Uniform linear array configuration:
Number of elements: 32
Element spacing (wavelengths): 0.25
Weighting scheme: cosine
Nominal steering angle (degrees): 15
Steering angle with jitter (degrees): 16.956
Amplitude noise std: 0.05
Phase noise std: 0.05

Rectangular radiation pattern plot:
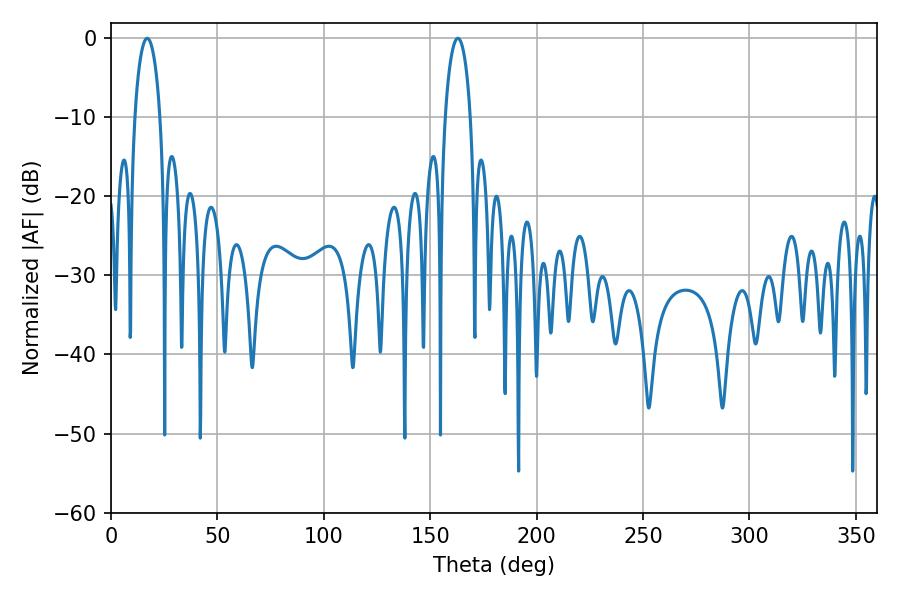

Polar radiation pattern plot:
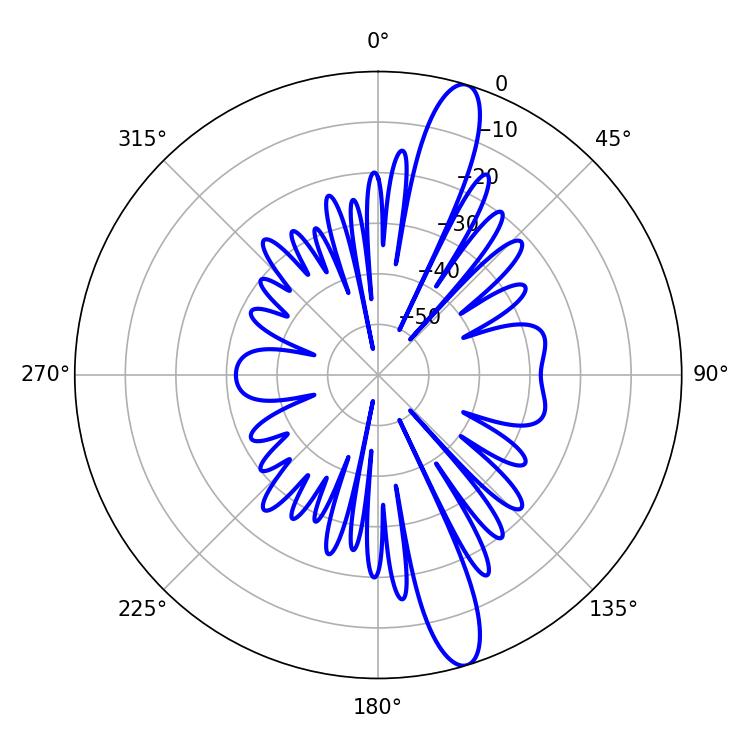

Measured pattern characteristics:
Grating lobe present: FALSE
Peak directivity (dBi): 14.099
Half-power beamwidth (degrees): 6.84
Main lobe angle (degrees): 16.92